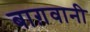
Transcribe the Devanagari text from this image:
बाग़वानी